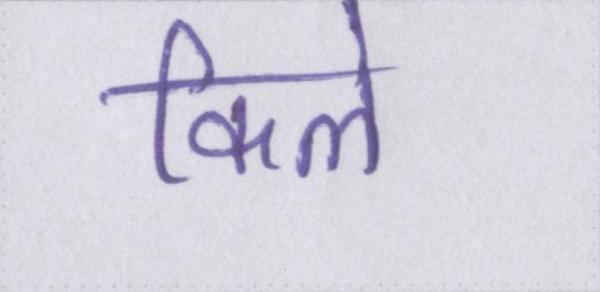
किले